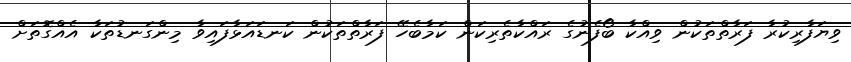
ވިޔަފާރިކުރާ ފަރާތްތަކުން ވިއްކާ ބޯފެނުގެ ރައްކާތެރިކަން ކަމާބެހޭ ފަރާތްތަކުން ކަނޑައަޅާފައިވާ މިންގަނޑުތަކާ އެއްގޮތަށް